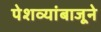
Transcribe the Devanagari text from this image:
पेशव्यांबाजूने